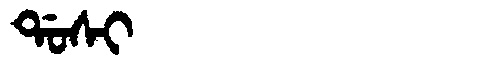
Manchu: ᡩᠣᠰᡳ
Romanization: DOSI